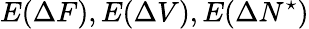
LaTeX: E(\Delta F),E(\Delta V),E(\Delta N^{\star})